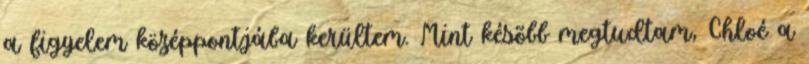
a figyelem középpontjába kerültem. Mint késõbb megtudtam, Chloé a